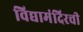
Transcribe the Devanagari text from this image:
विद्यामंदिरची